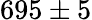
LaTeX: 695\pm 5